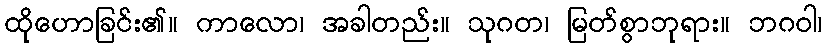
ထိုဟောခြင်း၏။ ကာလော၊ အခါတည်း။ သုဂတ၊ မြတ်စွာဘုရား။ ဘဂဝါ၊